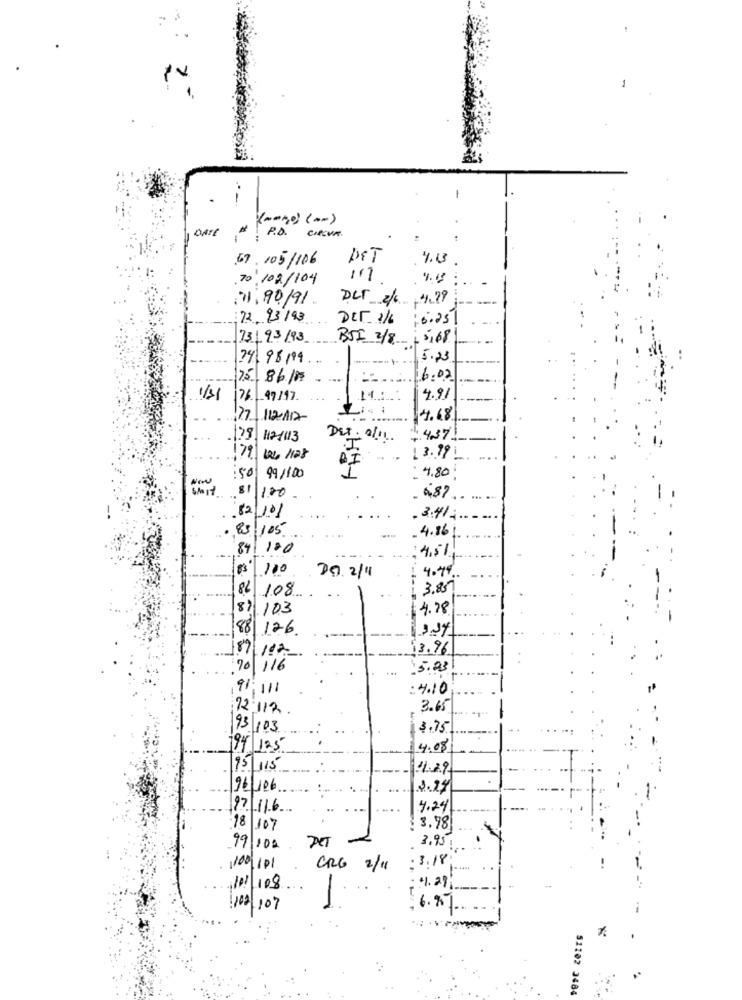
-
-
DATE ". P.D. CIRCUM
67 /05/106
DET
4.13
70 /02/104
111
: 11,90/91.
4.79
-
72 93/93
Der 16
6:259
731 93/93
BSF 3/8 1 5,68
74 95199 ...
5.23
75 86/16 ..
16:02
1/3/
76 99 /97.
11:
4.91
77 112.112
4.48
129 112/113
DET. 2/11.
4371
179/ 04/128
13.99
50
99/100
. 4.80;
NOW
start. 81 1.20
6.87.
82 10/
.3.41.
,85/105
-4.16/
84
120
--. ]
4.51
83 100
D9. 2/11
4.4%.
3.85
82 108
..
87 103
4.78
88 126
314
189/ 112
13.96
70 116
5.93
191111
: 4.10
72.112
3.65
93/103
13.75
94 125
4.08
75 115
439
96 106
3.24
97 116
4.24
18/107
3.98
DET
3.95
99/100
3.18
100101
CRG 2/11
1.29
101/108
-
102/107
6.%
%